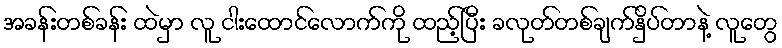
အခန်းတစ်ခန်း ထဲမှာ လူ ငါးထောင်လောက်ကို ထည့်ပြီး ခလုတ်တစ်ချက်နှိပ်တာနဲ့ လူတွေ